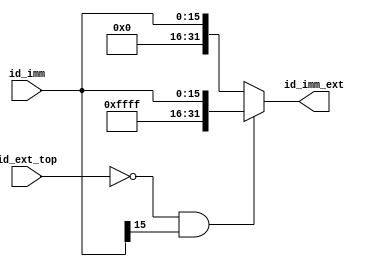
module Imm_Ext(
	input [15:0]id_imm,
	input id_ext_top,
	output [31:0]id_imm_ext
);

	assign id_imm_ext = (id_ext_top==1'b0 && id_imm[15]==1'b1) ? {16'hffff, id_imm} : {16'h0, id_imm};

endmodule